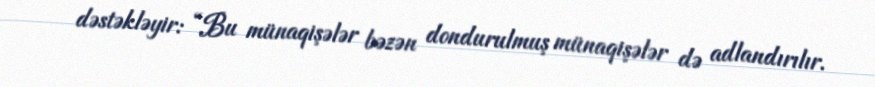
dəstəkləyir: “Bu münaqişələr bəzən dondurulmuş münaqişələr də adlandırılır.